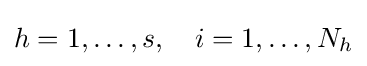
{\textstyle h=1,\ldots ,s,\quad i=1,\ldots ,N_{h}}